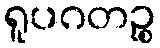
ရူပဂတဉ္စ